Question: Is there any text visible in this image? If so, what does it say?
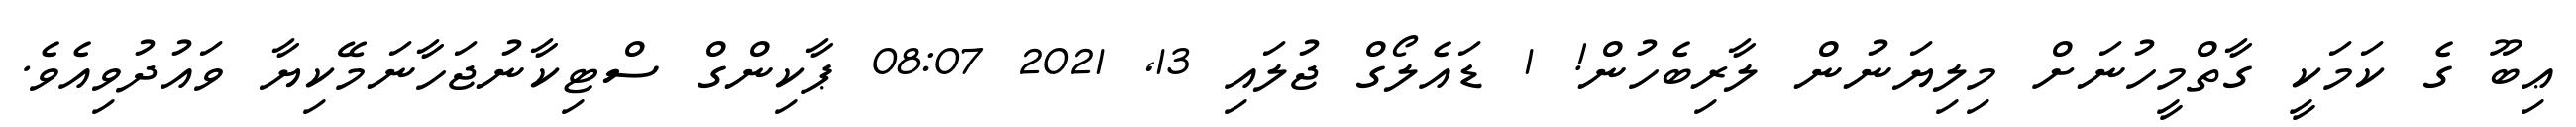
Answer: ޢިބޫ ގެ ކަމަކީ ގާތްމީހުނަށް މިލިޔަނުން ލާރިބެހުން! 1 ޑައެލޯގް ޖުލައި 13, 2021 08:07 ޕާކިންގް ސްޓިކާނުޖަހާނަމޭކިޔާ ވައުދުވިއެވެ.